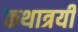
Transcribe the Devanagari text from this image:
कथात्रयी